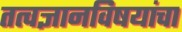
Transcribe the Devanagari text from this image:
तत्वज्ञानविषयांचा